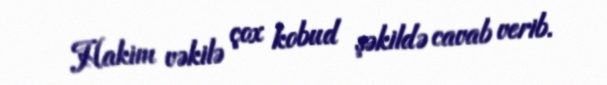
Hakim vəkilə çox kobud şəkildə cavab verib.